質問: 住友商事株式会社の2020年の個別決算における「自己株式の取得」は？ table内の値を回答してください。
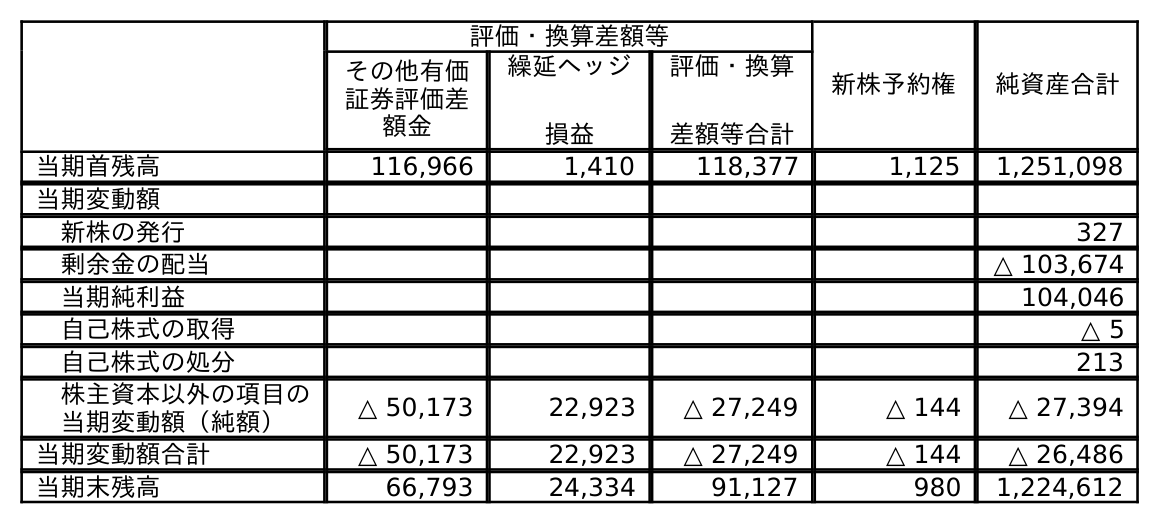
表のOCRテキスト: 評価・換算差額等 新株予約権 純資産合計 その他有価 証券評価差 額金 繰延ヘッジ 損益 評価・換算 差額等合計 当期首残高 116,966 1,410 118,377 1,125 1,251,098 当期変動額 新株の発行 327 剰余金の配当 △ 103,674 当期純利益 104,046 自己株式の取得 △ 5 自己株式の処分 213 株主資本以外の項目の 当期変動額（純額） △ 50,173 22,923 △ 27,249 △ 144 △ 27,394 当期変動額合計 △ 50,173 22,923 △ 27,249 △ 144 △ 26,486 当期末残高 66,793 24,334 91,127 980 1,224,612
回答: △5